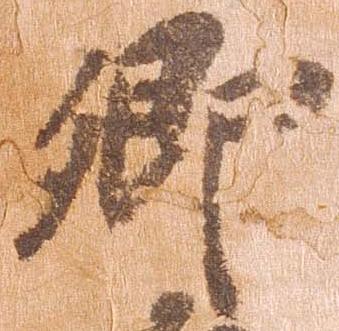
郷